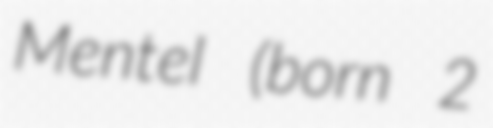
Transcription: Mentel (born 2